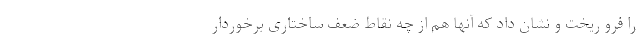
را فرو ریخت و نشان داد که آنها هم از چه نقاط ضعف ساختاری برخوردار